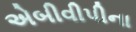
એબીવીપીના